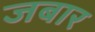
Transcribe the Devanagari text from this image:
जबार